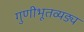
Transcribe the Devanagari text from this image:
गुणीभूतव्यङ्य